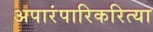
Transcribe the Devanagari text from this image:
अपारंपारिकरित्या